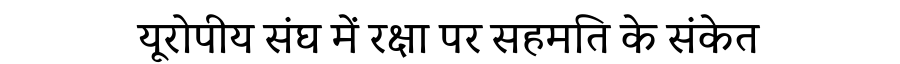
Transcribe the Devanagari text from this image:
यूरोपीय संघ में रक्षा पर सहमति के संकेत